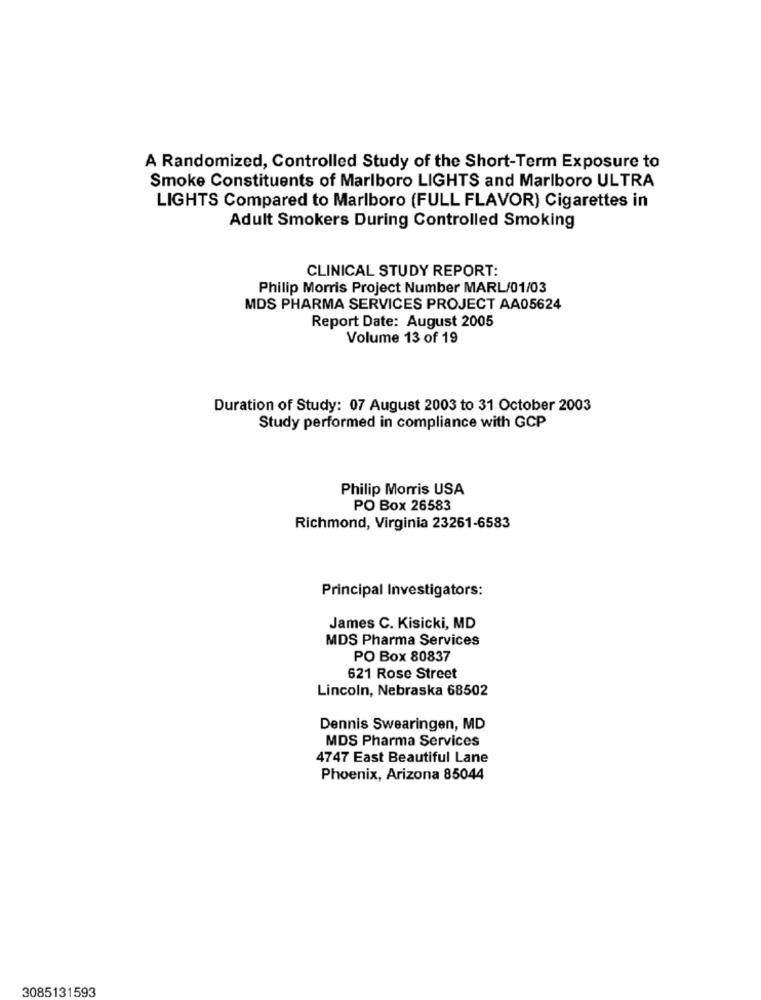
A Randomized, Controlled Study of the Short-Term Exposure to
Smoke Constituents of Marlboro LIGHTS and Marlboro ULTRA
LIGHTS Compared to Marlboro (FULL FLAVOR) Cigarettes in
Adult Smokers During Controlled Smoking
CLINICAL STUDY REPORT:
Philip Morris Project Number MARL/01/03
MDS PHARMA SERVICES PROJECT AA05624
Report Date: August 2005
Volume 13 of 19
Duration of Study: 07 August 2003 to 31 October 2003
Study performed in compliance with GCP
Philip Morris USA
PO Box 26583
Richmond, Virginia 23261-6583
Principal Investigators:
James C. Kisicki, MD
MDS Pharma Services
PO Box 80837
621 Rose Street
Lincoln, Nebraska 68502
Dennis Swearingen, MD
MDS Pharma Services
4747 East Beautiful Lane
Phoenix, Arizona 85044
3085131593